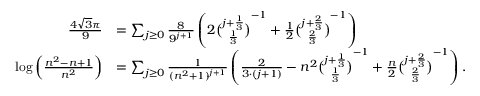
{ \begin{array} { r l } { { \frac { 4 { \sqrt { 3 } } \pi } { 9 } } } & { = \sum _ { j \geq 0 } { \frac { 8 } { 9 ^ { j + 1 } } } \left( 2 { \binom { j + { \frac { 1 } { 3 } } } { \frac { 1 } { 3 } } } ^ { - 1 } + { \frac { 1 } { 2 } } { \binom { j + { \frac { 2 } { 3 } } } { \frac { 2 } { 3 } } } ^ { - 1 } \right) } \\ { \log \left( { \frac { n ^ { 2 } - n + 1 } { n ^ { 2 } } } \right) } & { = \sum _ { j \geq 0 } { \frac { 1 } { ( n ^ { 2 } + 1 ) ^ { j + 1 } } } \left( { \frac { 2 } { 3 \cdot ( j + 1 ) } } - n ^ { 2 } { \binom { j + { \frac { 1 } { 3 } } } { \frac { 1 } { 3 } } } ^ { - 1 } + { \frac { n } { 2 } } { \binom { j + { \frac { 2 } { 3 } } } { \frac { 2 } { 3 } } } ^ { - 1 } \right) . } \end{array} }